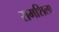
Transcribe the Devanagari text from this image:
रामशिला